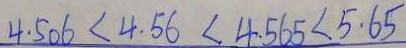
4 . 5 0 6 < 4 . 5 6 < 4 . 5 6 5 < 5 . 6 5